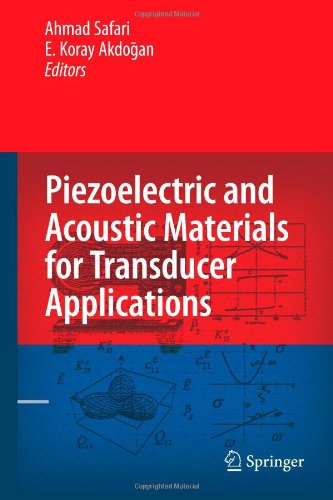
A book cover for Piezoelectric and Acoustic Materials for Transducer Applications; Science & Math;